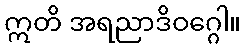
ဣတိ အရညာဒိဝဂ္ဂေါ။